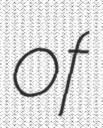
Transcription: of